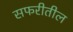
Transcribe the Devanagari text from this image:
सफरीतील